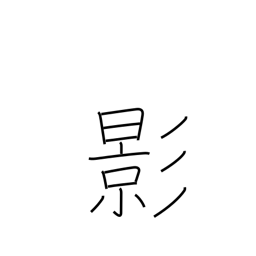
Meaning: shadow